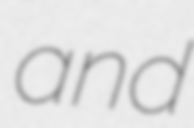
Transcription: and